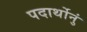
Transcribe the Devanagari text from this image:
पदार्थोनुं